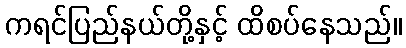
ကရင်ပြည်နယ်တို့နှင့် ထိစပ်နေသည်။